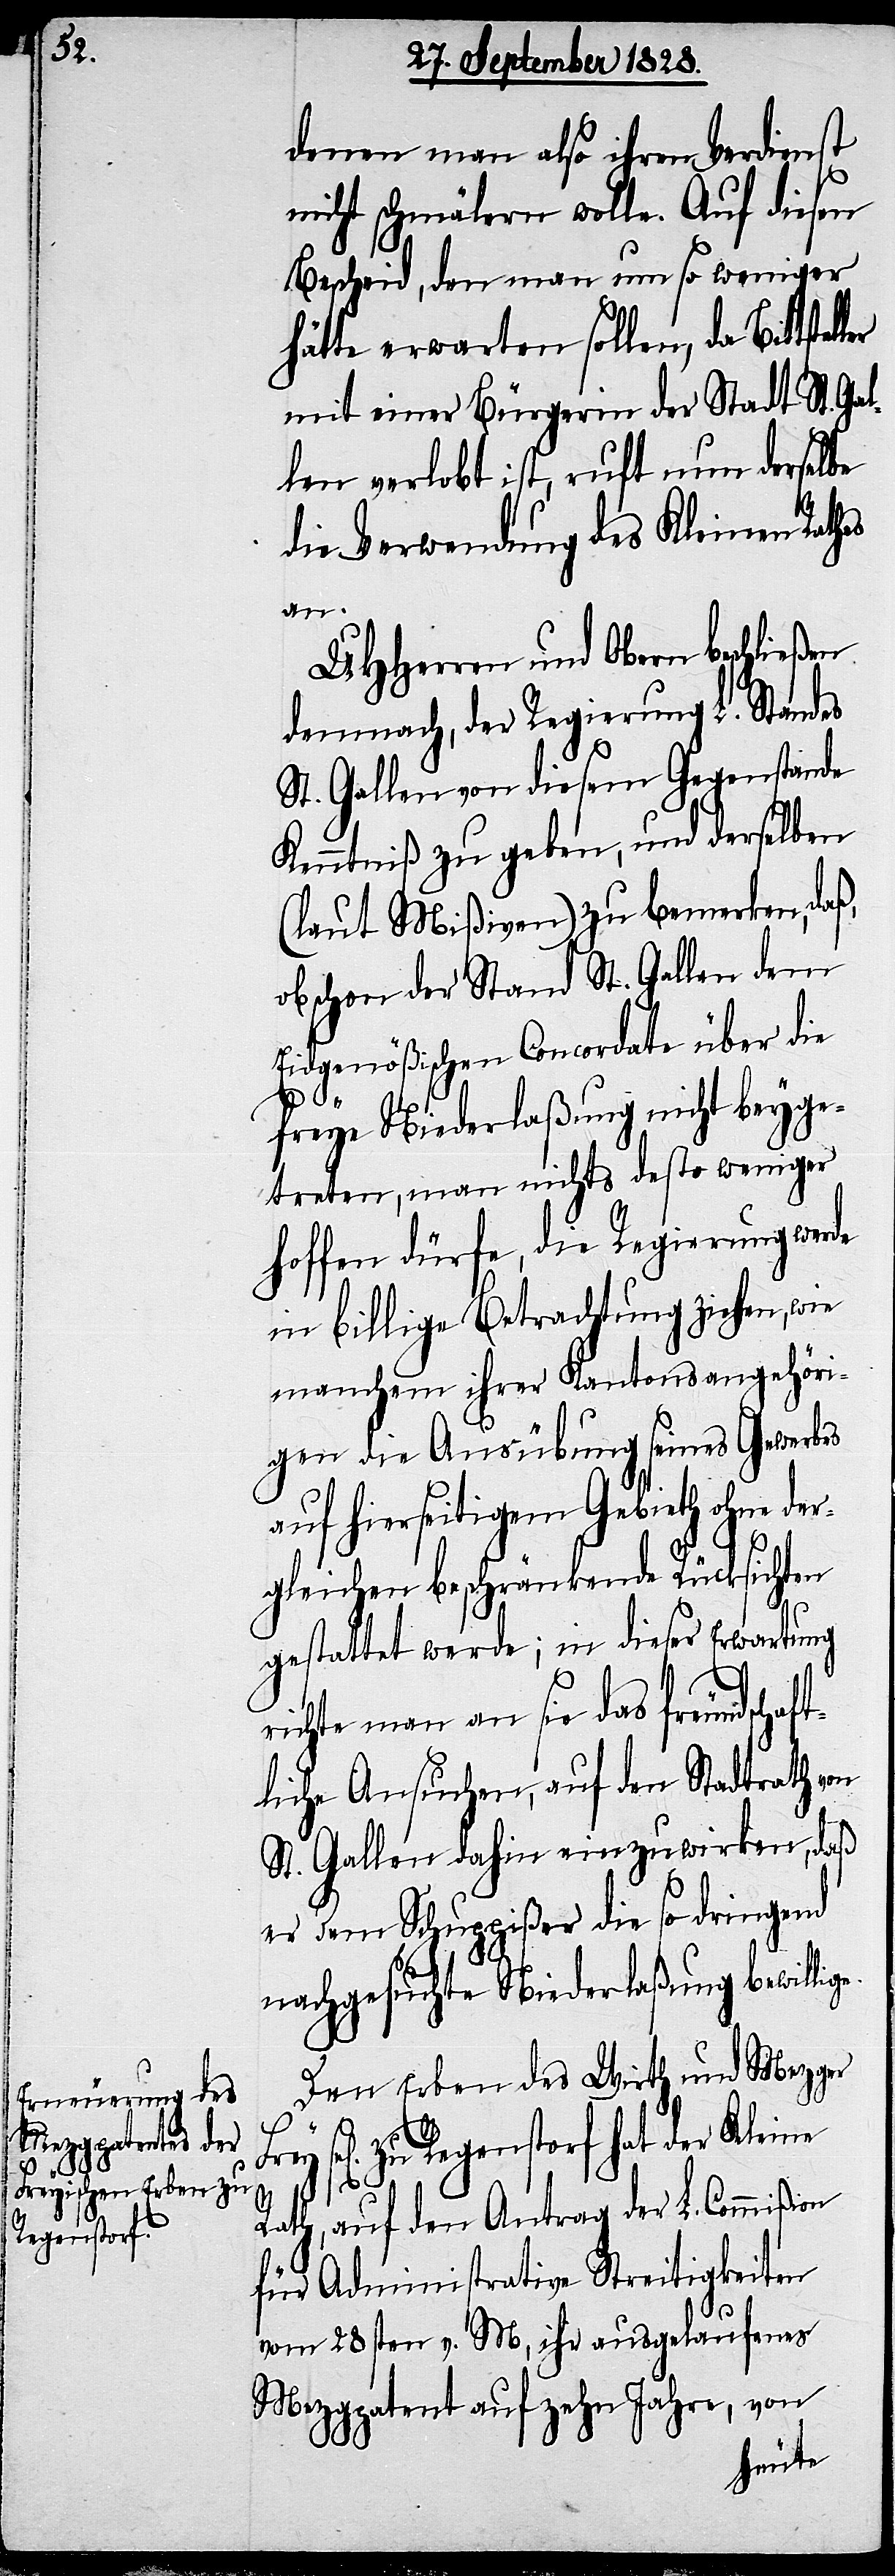
denen man also ihren Verdienst
nicht schmälern wolle. Auf diesen
e.
Bescheid, den man um so weniger
hätte erwarten sollen, da Bittste¬
mit einer Bürgerin der Stadt St. Gal¬
len verlobt ist, ruft nun derselbe
die Verwendung des Kleinen Rathes
ion
UHHerren und Obern beschließen
demnach, der Regierung L. Standes
St. Gallen von diesem Gegenstande
Kenntniß zu geben, und derselben
(laut Mißiven) zu bemerken, daß,
obschon der Stand St. Gallen dem
Eidgenößischen Concordate über die
freye Niederlaßung nicht beyge¬
treten, man nichts desto weniger
hoffen dürfe, die Regierung werde
in billige Betrachtung ziehen, wie
manchem ihrer Kantonsangehöri¬
gen die Ausübung seines Gewerbes
auf hierseitigem Gebieth ohne de¬
r¬
gleichen beschränkende Rücksichten
gestattet werde; in dieser Erwartung
richte man an sie das freundschaf¬
tliche Ansuchen, auf den Stadtrath von
St. Gallen dahin einzuwirken, daß
er dem Schuppißer die so dringend
nachgesuchte Niederlaßung bewillig¬
Den Erben des Wirth und Mezger
Frey sel. zu Regenstorf hat der Kleine
ller
Rath, auf den Antrag der L. Commiß¬
für Administrative Streitigkeiten
vom 28sten v. M, ihr ausgelaufenes
Mezgpatent auf zehn Jahre, von